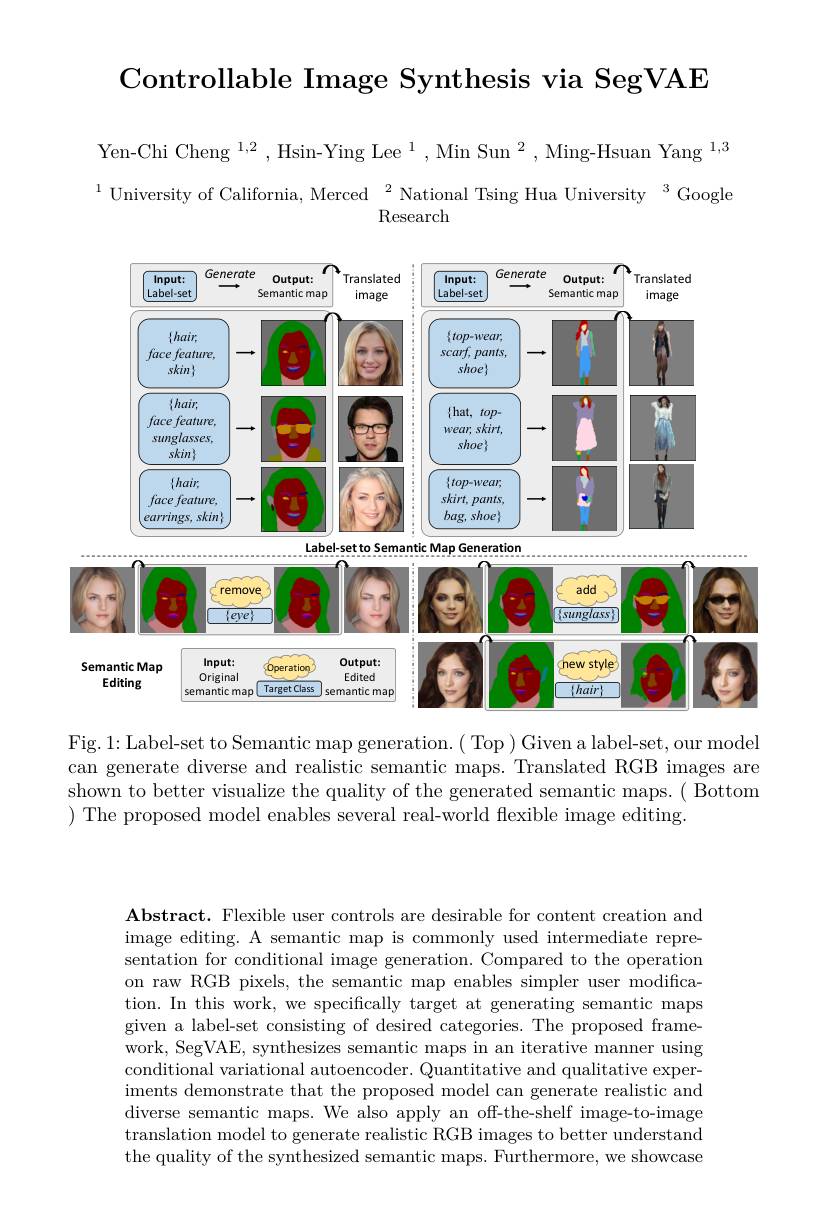
Controllable Image Synthesis via SegVAE

Yen-Chi Cheng $^1,2$,Hsin-Ying Lee$^1$,Min Sun$^2$,Ming-Hsuan Yang$^1,3$ $^{1}$University of California, Merced$^2$National Tsing Hua University$^3$Google

<FigureHere>
Label-set to Semantic Map Generation

<FigureHere>

Fig.1: Label-set to Semantic map generation.( Top) Given a label-set, our model can generate diverse and realistic semantic maps. Translated RGB images are shown to better visualize the quality of the generated semantic maps.( Bottom ) The proposed model enables several real-world flexible image editing.

$\textbf{Abstract. Flexible user controls are desirable for content creation and}$ image editing. A semantic map is commonly used intermediate representation for conditional image generation. Compared to the operation on raw RGB pixels, the semantic map enables simpler user modification. In this work, we specifically target at generating semantic maps given a label-set consisting of desired categories. The proposed framework, SegVAE, synthesizes semantic maps in an iterative manner using conditional variational autoencoder. Quantitative and qualitative experiments demonstrate that the proposed model can generate realistic and diverse semantic maps. We also apply an off-the-shelf image-to-image translation model to generate realistic RGB images to better understand the quality of the synthesized semantic maps. Furthermore, we showcase